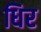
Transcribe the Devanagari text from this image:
धिर